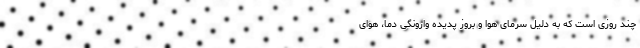
چند روزی است که به دلیل سرمای هوا و بروز پدیده وارونگی دما، هوای